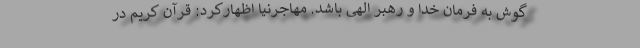
گوش به فرمان خدا و رهبر الهی باشد. مهاجرنیا اظهارکرد: قرآن کریم در